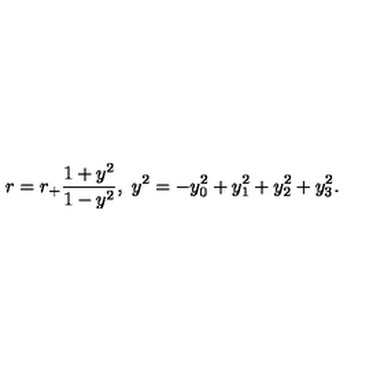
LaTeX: r = r _ { + } \frac { 1 + y ^ { 2 } } { 1 - y ^ { 2 } } , \ y ^ { 2 } = - y _ { 0 } ^ { 2 } + y _ { 1 } ^ { 2 } + y _ { 2 } ^ { 2 } + y _ { 3 } ^ { 2 } .